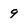
Character: 9